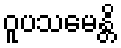
ဝူပသမေန္တိ